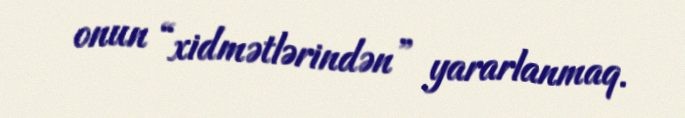
onun “xidmətlərindən” yararlanmaq.